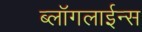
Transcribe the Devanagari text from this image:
ब्लॉगलाईन्स